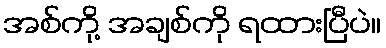
အစ်ကို့ အချစ်ကို ရထားပြီပဲ။